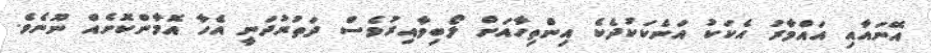
އޭނައާއި އައްމާރު އެކަކު އަނެކަކުދެކެ އިންތިހާއަށް ލޯބިވާއިރުވެސް ދަތުރުދަނީ އެހާ އޮމާންކޮށެއް ނޫނެވެ.